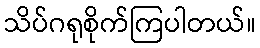
သိပ်ဂရုစိုက်ကြပါတယ်။